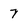
Character: 7